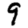
Digit: 9